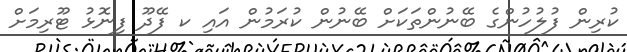
ކުރިން ފުލުހުންގެ ބޭނުންތަކަށް ބޭނުން ކުރަމުން އައި ކ ފޭދޫ ފިނޮޅު ޓޫރިމަށް